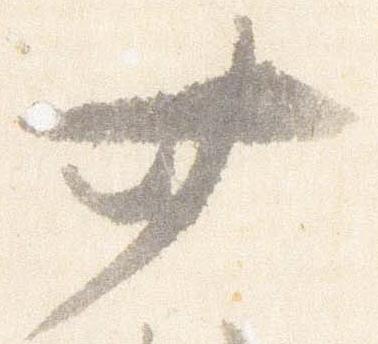
廿